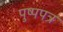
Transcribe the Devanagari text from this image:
पुष्पपत्र